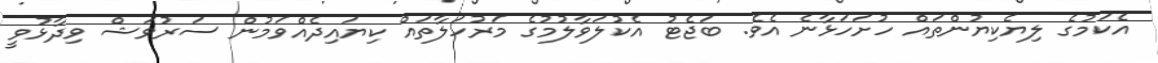
އެކަމުގެ ލިޔެކިޔުންތައް ހުށަހަޅާނެ އެވެ. ބަޖެޓު އެކުލަވާލުމުގެ މަރުހަލާތައް ކިޔައިދެއްވަމުން ސަރުވަޝް ވިދާޅުވީ